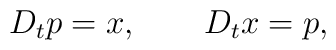
D_t p = x, \qquad D_t x = p,